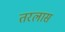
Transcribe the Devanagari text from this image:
तरलास